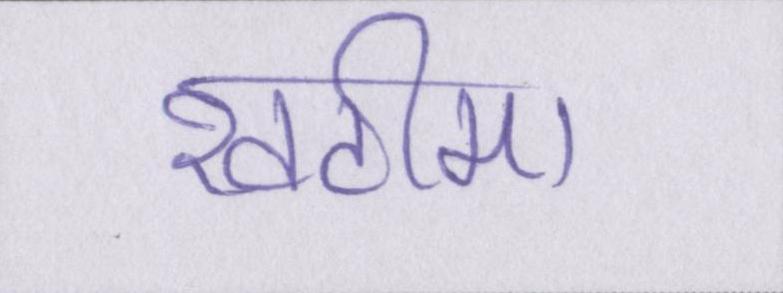
खटीमा